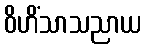
ဝိဟိံသာသညာယ